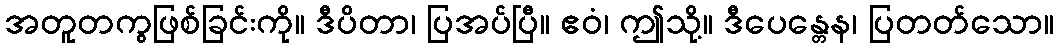
အတူတကွဖြစ်ခြင်းကို။ ဒီပိတာ၊ ပြအပ်ပြီ။ ဧဝံ၊ ဤသို့။ ဒီပေန္တေန၊ ပြတတ်သော။